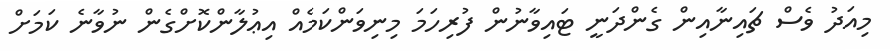
މިއަދު ވެސް ޗައިނާއިން ގެންދަނީ ޓައިވާނުން ފުރިހަމަ މިނިވަންކަމެއް އިޢުލާންކޮށްގެން ނުވާނެ ކަމަށް